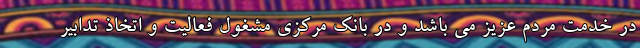
در خدمت مردم عزیز می باشد و در بانک مرکزی مشغول فعالیت و اتخاذ تدابیر